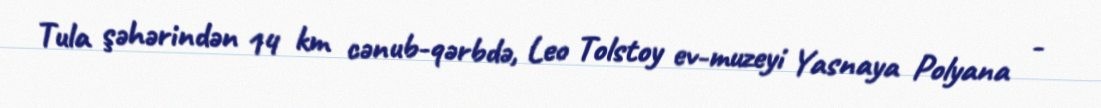
Tula şəhərindən 14 km cənub-qərbdə, Leo Tolstoy ev-muzeyi Yasnaya Polyana -